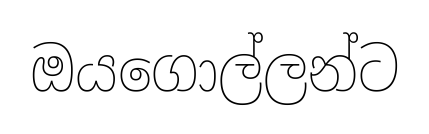
ඔයගොල්ලන්ට